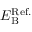
E _ { \mathrm { B } } ^ { \mathrm { R e f . } }